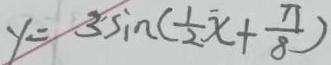
y = 3 \sin ( \frac { 1 } { 2 } x + \frac { \pi } { 8 } )